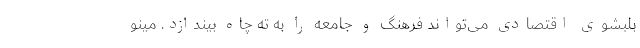
بلبشوی اقتصادی می‌تواند فرهنگ و جامعه را به ته چاه بیندازد. مینو